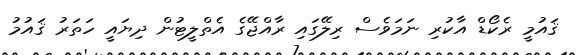
ޤައުމީ ރެކޯޑް އާކުރި ނަމަވެސް ރިލޭގައި ރާއްޖޭގެ އެތްލީޓުން ދިޔައީ ހަތަރު ޤައުމު